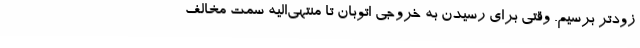
زودتر برسیم. وقتی برای رسیدن به خروجی اتوبان تا منتهی‌الیه سمت مخالف